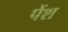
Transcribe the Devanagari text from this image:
पेंश